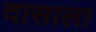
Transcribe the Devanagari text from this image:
दासाला